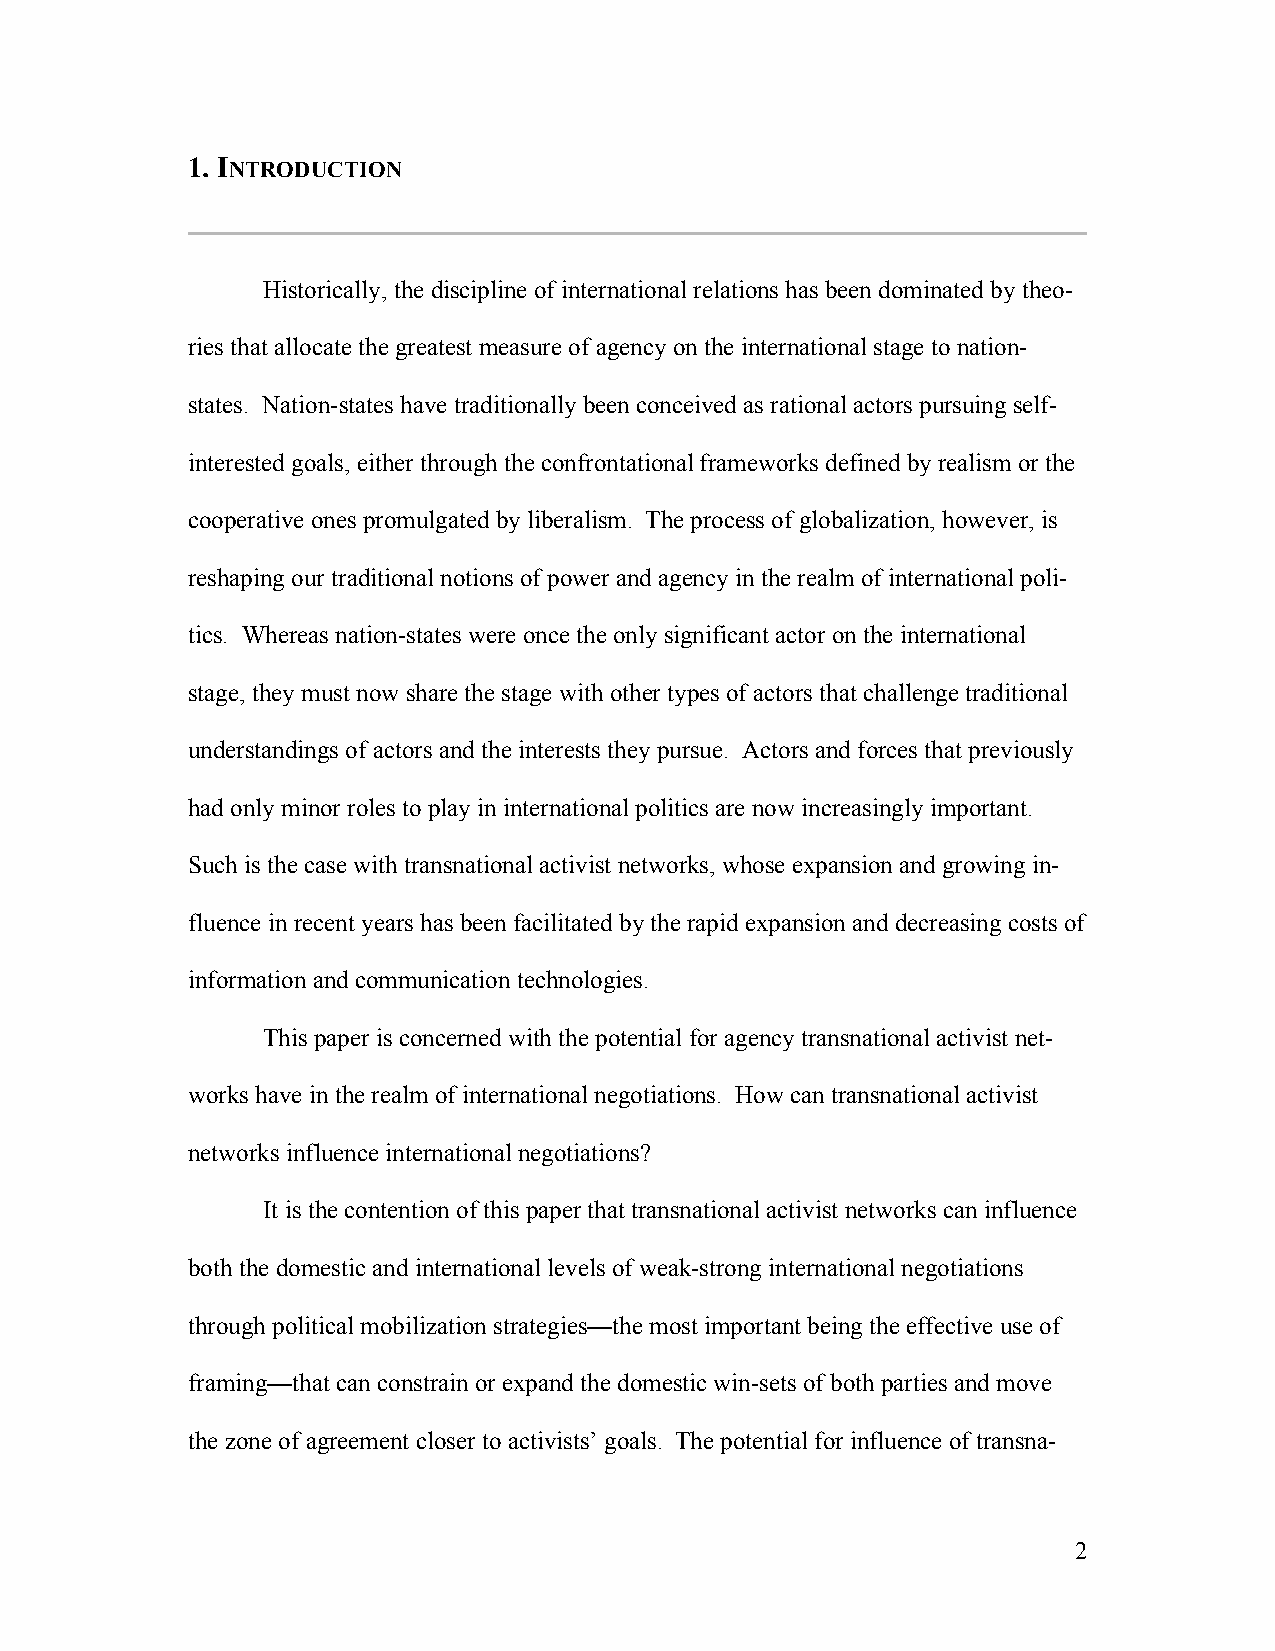
1. INTRODUCTION
 Historically, the discipline of international relations has been dominated by theo-
 ries that allocate the greatest measure of agency on the international stage to nation-
 states. Nation-states have traditionally been conceived as rational actors pursuing self-
 interested goals, either through the confrontational frameworks defined by realism or the
 cooperative ones promulgated by liberalism. The process of globalization, however, is
 reshaping our traditional notions of power and agency in the realm of international poli-
 tics. Whereas nation-states were once the only significant actor on the international
 stage, they must now share the stage with other types of actors that challenge traditional
 understandings of actors and the interests they pursue. Actors and forces that previously
 had only minor roles to play in international politics are now increasingly important.
 Such is the case with transnational activist networks, whose expansion and growing in-
 fluence in recent years has been facilitated by the rapid expansion and decreasing costs of
 information and communication technologies.
 This paper is concerned with the potential for agency transnational activist net-
 works have in the realm of international negotiations. How can transnational activist
 networks influence international negotiations?
 It is the contention of this paper that transnational activist networks can influence
 both the domestic and international levels of weak-strong international negotiations
 through political mobilization strategies—the most important being the effective use of
 framing—that can constrain or expand the domestic win-sets of both parties and move
 the zone of agreement closer to activists’ goals. The potential for influence of transna-
 2